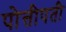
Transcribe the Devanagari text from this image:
पोत्तीपती